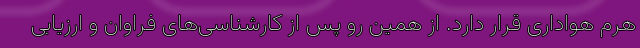
هرم هواداری قرار دارد. از همین رو پس از کارشناسی‌های فراوان و ارزیابی